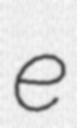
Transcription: e